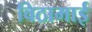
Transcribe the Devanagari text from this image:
विठामाई